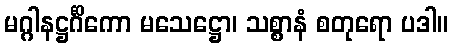
မဂ္ဂါနဋ္ဌင်္ဂိကော မသေဋ္ဌော၊ သစ္စာနံ စတုရော ပဒါ။